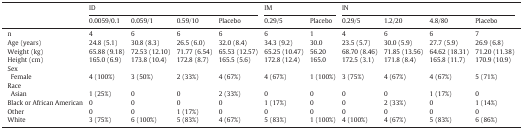
<table><thead><tr><td rowspan="2"></td><td colspan="4"><b>ID</b></td><td colspan="2"><b>IM</b></td><td colspan="4"><b>IN</b></td></tr><tr><td><b>0.0059/0.1</b></td><td><b>0.059/1</b></td><td><b>0.59/10</b></td><td><b>Placebo</b></td><td><b>0.29/5</b></td><td><b>Placebo</b></td><td><b>0.29/5</b></td><td><b>1.2/20</b></td><td><b>4.8/80</b></td><td><b>Placebo</b></td></tr></thead><tbody><tr><td>n</td><td>4</td><td>6</td><td>6</td><td>6</td><td>6</td><td>1</td><td>4</td><td>6</td><td>6</td><td>7</td></tr><tr><td>Age (years)</td><td>24.8 (5.1)</td><td>30.8 (8.3)</td><td>26.5 (6.0)</td><td>32.0 (8.4)</td><td>34.3 (9.2)</td><td>30.0</td><td>23.5 (5.7)</td><td>30.0 (5.9)</td><td>27.7 (5.9)</td><td>26.9 (6.8)</td></tr><tr><td>Weight (kg)</td><td>65.88 (9.18)</td><td>72.53 (12.10)</td><td>71.77 (6.54)</td><td>65.53 (12.57)</td><td>65.25 (10.47)</td><td>56.20</td><td>68.70 (8.46)</td><td>71.85 (13.56)</td><td>64.62 (18.31)</td><td>71.20 (11.38)</td></tr><tr><td>Height (cm)</td><td>165.0 (6.9)</td><td>173.8 (10.4)</td><td>172.8 (8.7)</td><td>165.5 (5.6)</td><td>172.8 (12.4)</td><td>165.0</td><td>172.5 (3.1)</td><td>171.8 (8.4)</td><td>165.8 (11.7)</td><td>170.9 (10.9)</td></tr><tr><td>Sex</td><td></td><td></td><td></td><td></td><td></td><td></td><td></td><td></td><td></td><td></td></tr><tr><td> Female</td><td>4 (100%)</td><td>3 (50%)</td><td>2 (33%)</td><td>4 (67%)</td><td>4 (67%)</td><td>1 (100%)</td><td>3 (75%)</td><td>4 (67%)</td><td>4 (67%)</td><td>5 (71%)</td></tr><tr><td>Race</td><td></td><td></td><td></td><td></td><td></td><td></td><td></td><td></td><td></td><td></td></tr><tr><td> Asian</td><td>1 (25%)</td><td>0</td><td>0</td><td>2 (33%)</td><td>0</td><td>0</td><td>0</td><td>0</td><td>1 (17%)</td><td>0</td></tr><tr><td>Black or African American</td><td>0</td><td>0</td><td>0</td><td>0</td><td>1 (17%)</td><td>0</td><td>0</td><td>2 (33%)</td><td>0</td><td>1 (14%)</td></tr><tr><td>Other</td><td>0</td><td>0</td><td>1 (17%)</td><td>0</td><td>0</td><td>0</td><td>0</td><td>0</td><td>0</td><td>0</td></tr><tr><td>White</td><td>3 (75%)</td><td>6 (100%)</td><td>5 (83%)</td><td>4 (67%)</td><td>5 (83%)</td><td>1 (100%)</td><td>4 (100%)</td><td>4 (67%)</td><td>5 (83%)</td><td>6 (86%)</td></tr></tbody></table>